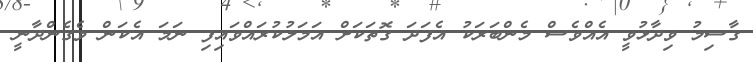
ގާސިމު ވިދާޅުވީ އެއްވެސް މެންބަރަކު އެފަދަ ގޮތަކަށް އަމަލުކުރައްވައިފި ނަމަ އެކަން ވެގެންދާނީ